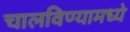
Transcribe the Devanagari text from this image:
चालविण्यामध्ये